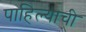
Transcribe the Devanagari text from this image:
पाहिल्याची